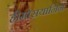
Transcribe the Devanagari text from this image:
हीमोसयानिन